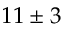
1 1 \pm 3